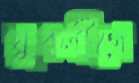
যুবলীগে